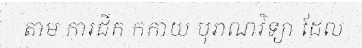
តាម ការជីក កកាយ បុរាណវិទ្យា ដែល